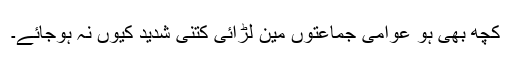
کچھ بھی ہو عوامی جماعتوں مین لڑائی کتنی شدید کیوں نہ ہوجائے۔